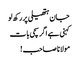
جان ہتھیلی پر رکھ لو
کہنی ہے اگر سچی بات
مولانا صاحب !